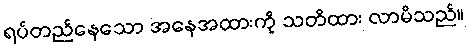
ရပ်တည်နေသော အနေအထားကို သတိထား လာမိသည်။